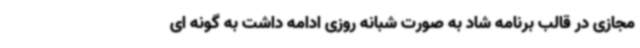
مجازی در قالب برنامه شاد به صورت شبانه روزی ادامه داشت به گونه ای